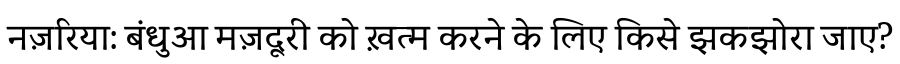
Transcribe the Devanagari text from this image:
नज़रिया: बंधुआ मज़दूरी को ख़त्म करने के लिए किसे झकझोरा जाए?